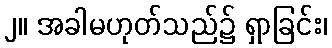
၂။ အခါမဟုတ်သည်၌ ရှာခြင်း၊